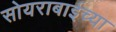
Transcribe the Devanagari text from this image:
सोयराबाईच्या